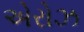
એરોઝ